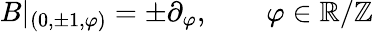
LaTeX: B|_{(0,\pm 1,\varphi)}=\pm\partial_{\varphi},\qquad\varphi\in\mathbb{R}/\mathbb{Z}